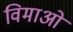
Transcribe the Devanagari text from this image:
विमाओ